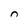
Character: n